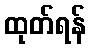
ထုတ်ရန်